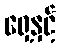
ရှေ့နှင့်